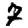
Digit: 7